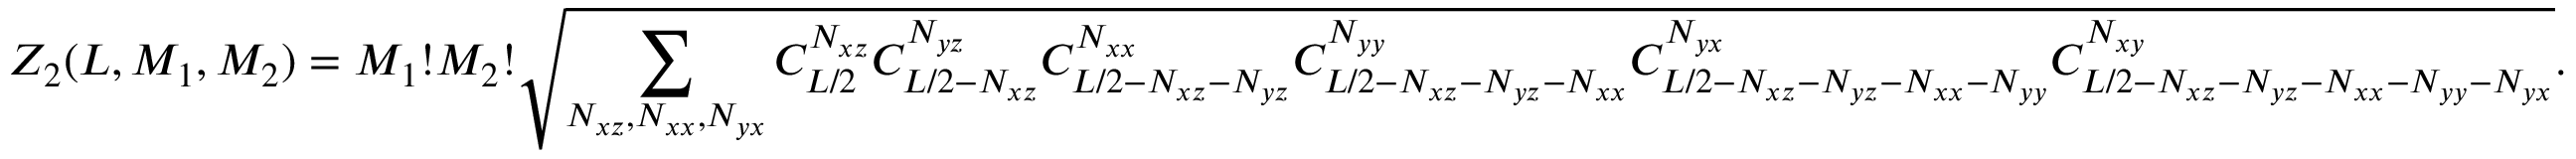
Z _ { 2 } ( L , M _ { 1 } , M _ { 2 } ) = M _ { 1 } ! M _ { 2 } ! \sqrt { \sum _ { N _ { x z } , N _ { x x } , N _ { y x } } C _ { L / 2 } ^ { N _ { x z } } C _ { L / 2 - N _ { x z } } ^ { N _ { y z } } C _ { L / 2 - N _ { x z } - N _ { y z } } ^ { N _ { x x } } C _ { L / 2 - N _ { x z } - N _ { y z } - N _ { x x } } ^ { N _ { y y } } C _ { L / 2 - N _ { x z } - N _ { y z } - N _ { x x } - N _ { y y } } ^ { N _ { y x } } C _ { L / 2 - N _ { x z } - N _ { y z } - N _ { x x } - N _ { y y } - N _ { y x } } ^ { N _ { x y } } } .